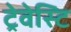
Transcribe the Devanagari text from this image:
ट्रेवेस्टि